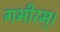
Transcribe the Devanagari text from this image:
गभीरम्।